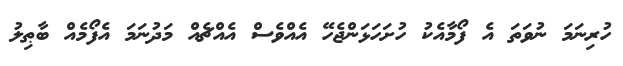
ހުރިނަމަ ނުވަތަ އެ ފޯމާއެކު ހުށަހަޅަންޖެހޭ އެއްވެސް އެއްޗެއް މަދުނަމަ އެފޯމެއް ބާޠިލު